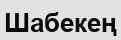
Шабекең